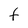
Character: t